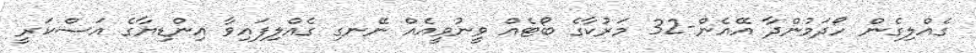
ގެއްލިގެން ހޯދަމުންދާ އޭއެން-32 މަރުކާގެ ބޯޓެއް ވީނުވީއެއް ނޭނގި ގެއްލިފައިވާ އިންޑިޔާގެ އަސްކަރީ